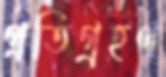
প্রতিগ্রহণ